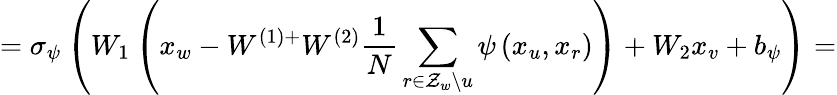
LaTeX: =\sigma_{\psi}\left(W_{1}\left(x_{w}-W^{(1)+}W^{(2)}\frac{1}{N}\sum_{r\in\mathcal{Z}_{w}\backslash u}\psi\left(x_{u},x_{r}\right)\right)+W_{2}x_{v}+b_{\psi}\right)=